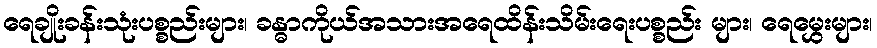
ရေချိုးခန်းသုံးပစ္စည်းများ၊ ခန္ဓာကိုယ်အသားအရေထိန်းသိမ်းရေးပစ္စည်း များ၊ ရေမွှေးများ၊